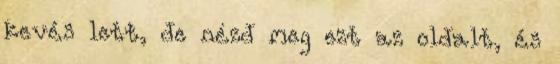
kevés lett, de nézd meg ezt az oldalt, és